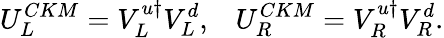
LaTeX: U_{L}^{CKM}=V_{L}^{u\dagger}V_{L}^{d},\; \; \; U_{R}^{CKM}=V_{R}^{u\dagger}V_{R}^{d}.